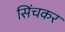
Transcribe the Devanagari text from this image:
सिंचकर